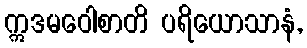
ဣဒမဝေါစာတိ ပရိယောသာနံ,